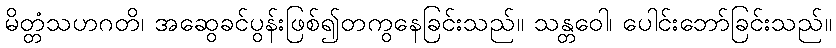
မိတ္တံသဟဂတိ၊ အဆွေခင်ပွန်းဖြစ်၍တကွနေခြင်းသည်။ သန္တဝေါ၊ ပေါင်းဘော်ခြင်းသည်။